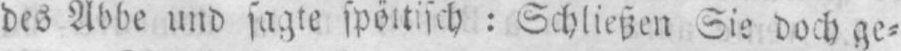
Schließen Sie doch ge⸗